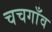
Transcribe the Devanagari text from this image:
चचगाँव